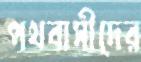
পথবাসীদের